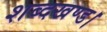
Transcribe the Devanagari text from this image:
शब्दखण्ड।